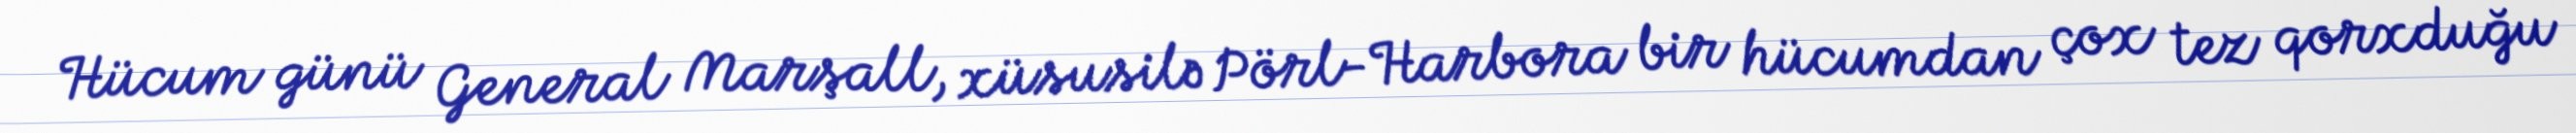
Hücum günü General Marşall, xüsusilə Pörl-Harbora bir hücumdan çox tez qorxduğu